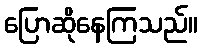
ပြောဆိုနေကြသည်။